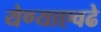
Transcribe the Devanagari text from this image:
येण्याएवढे